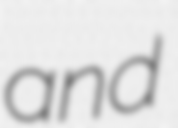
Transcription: and